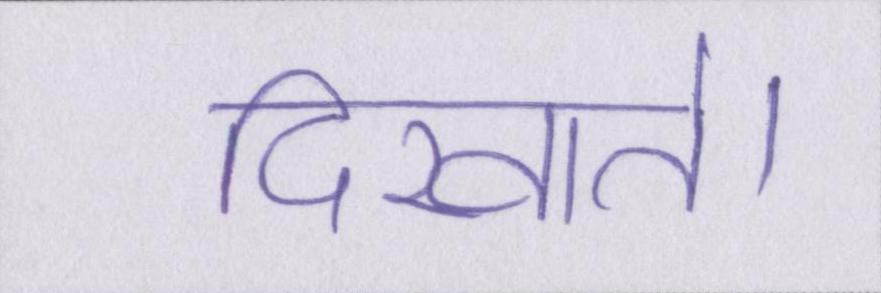
दिखाते।